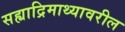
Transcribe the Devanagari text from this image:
सह्याद्रिमाथ्यावरील